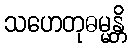
သဟေတုဓမ္မန္တိ